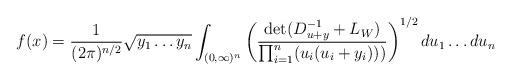
LaTeX: \begin{align*}f(x)=\frac{1}{(2\pi)^{n/2}}\sqrt{y_1\ldots y_n}\int_{(0,\infty)^n}\left(\frac{\det(D_{u+y}^{-1}+L_W)}{\prod_{i=1}^n(u_i(u_i+y_i)))}\right)^{1/2}du_1\ldots du_n\end{align*}